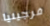
فرجينيا